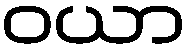
ဝယာ